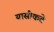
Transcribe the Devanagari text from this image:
यासीकते